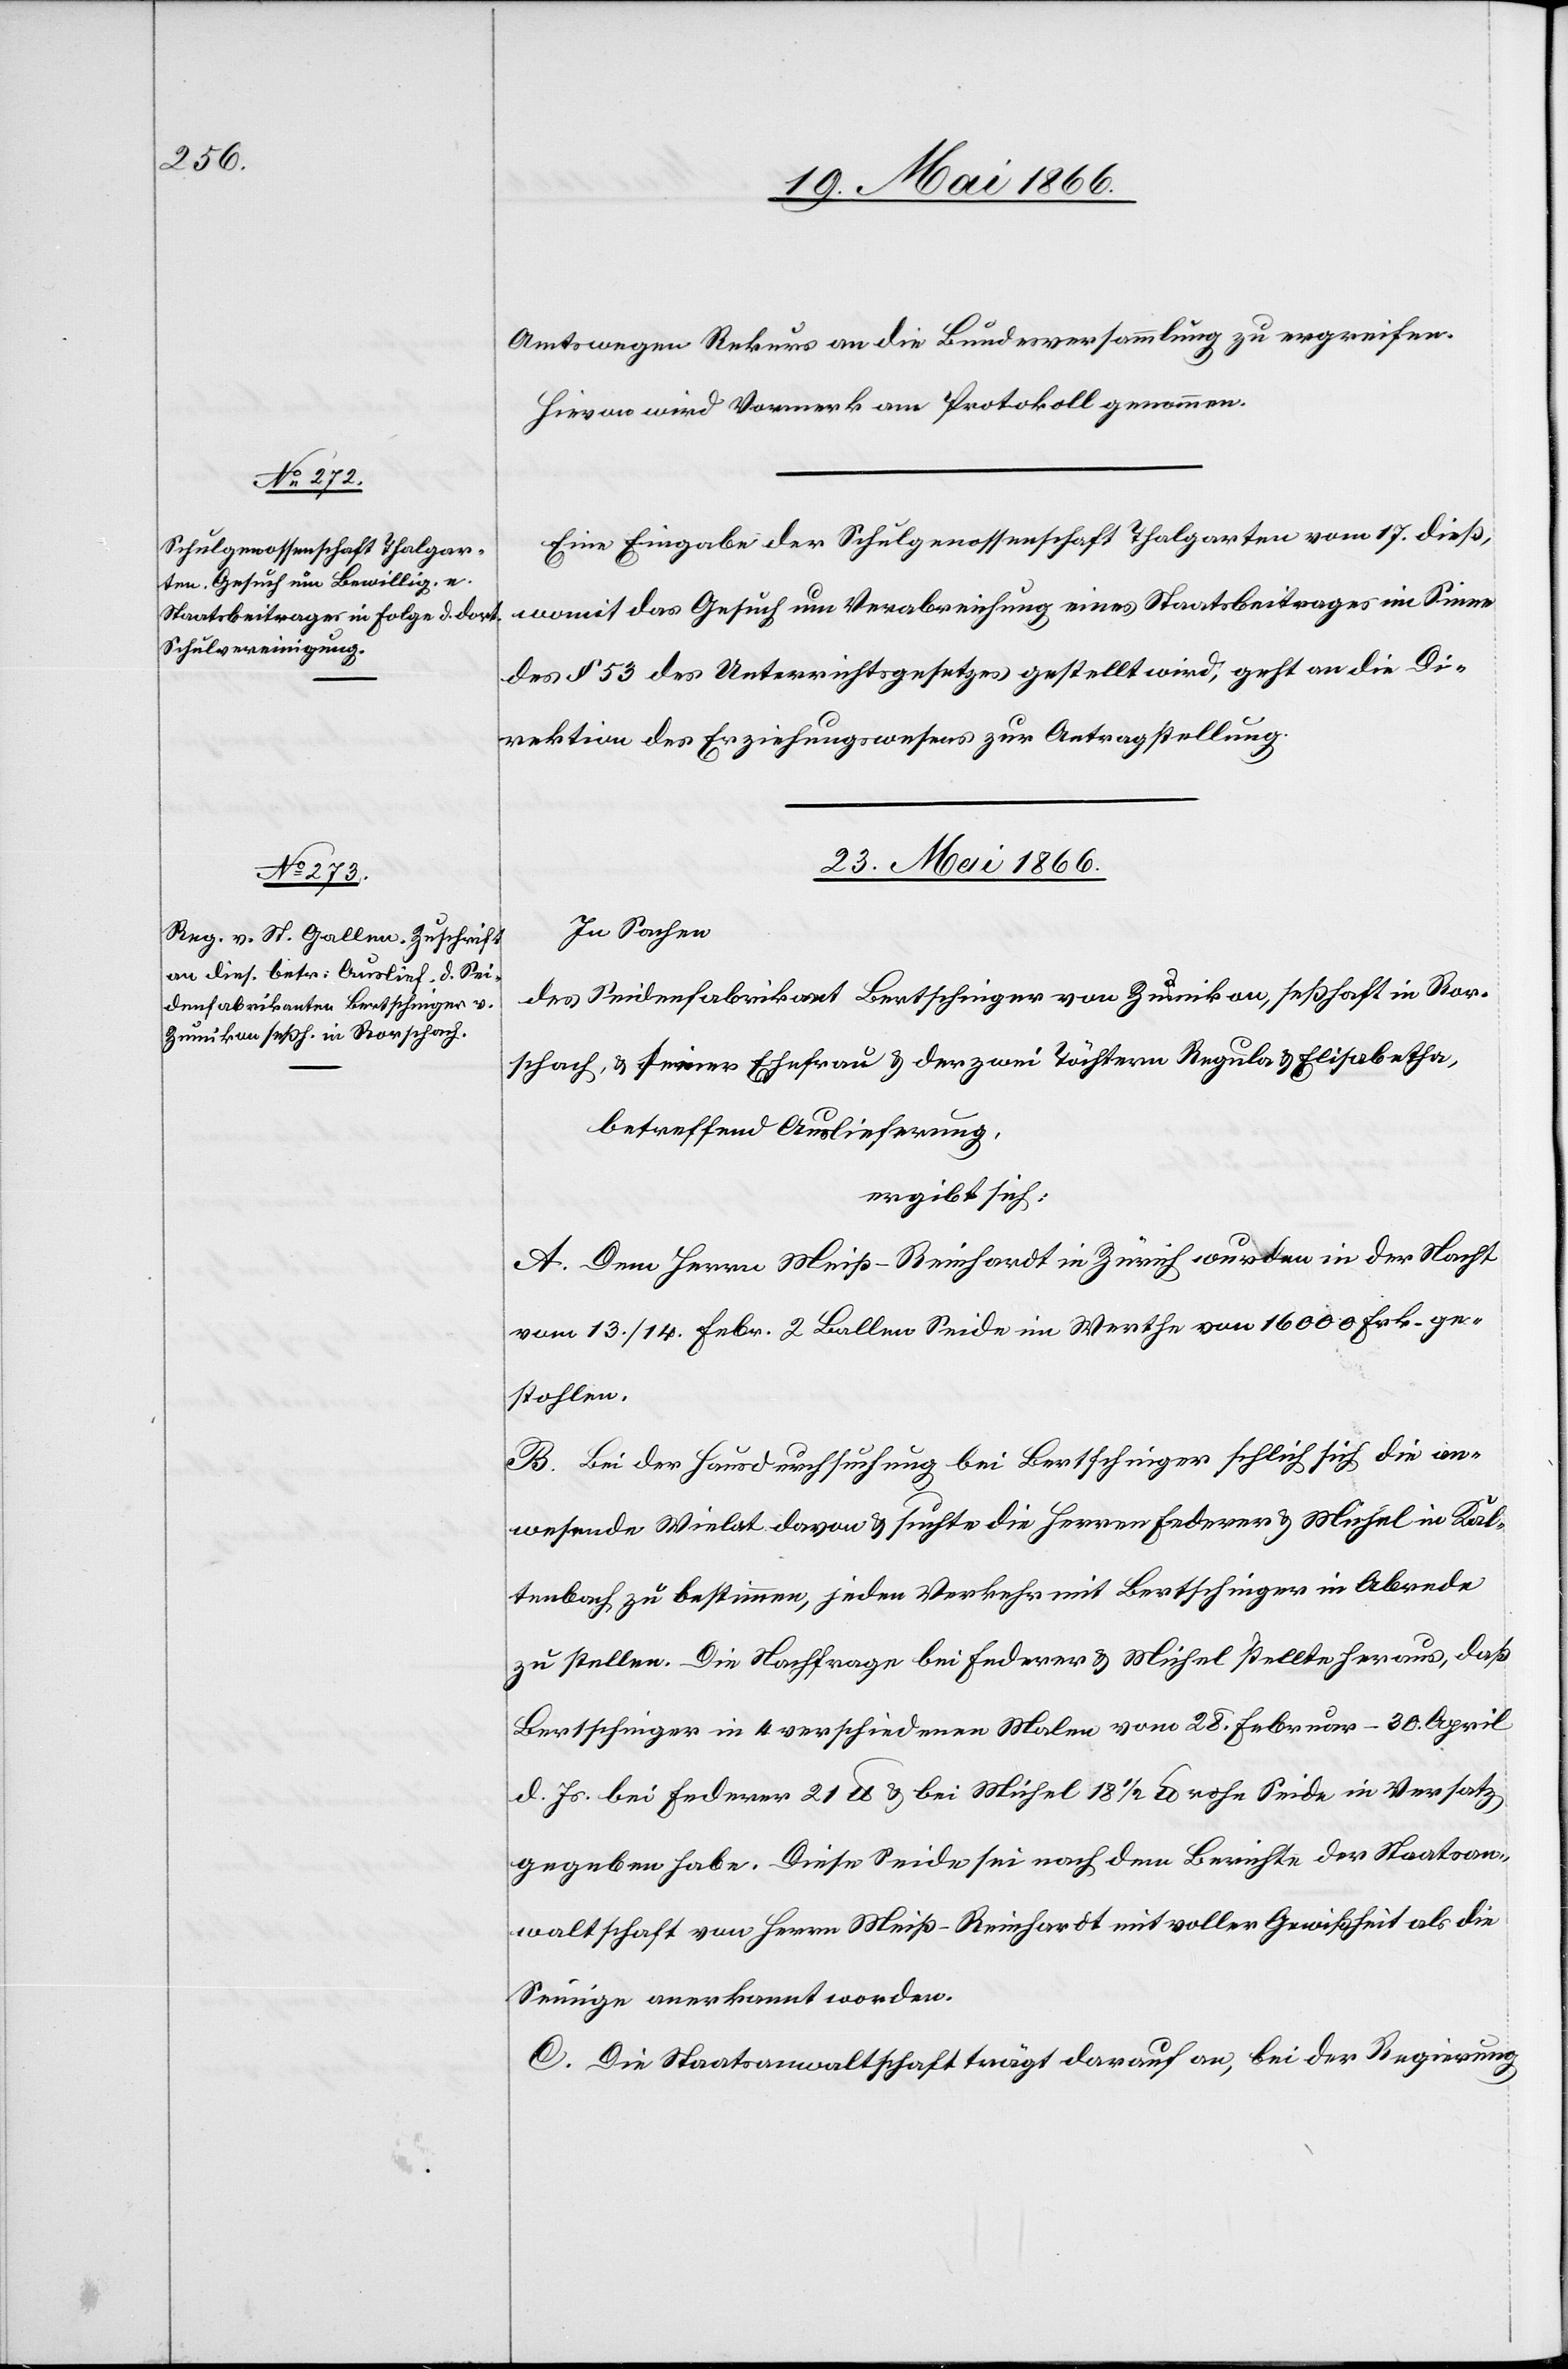
20. Mai 1866.]
Amtswegen Rekurs an die Bundesversammlung zu ergreifen.
Hievon wird Vormerk am Protokoll genommen.
Eine Eingabe der Schulgenossenschaft Thalgarten vom 17. dieß,
womit das Gesuch um Verabreichung eines Staatsbeitrages im Sinne
des § 53 des Unterrichtsgesetzes gestellt wird, geht an die Di¬
rektion des Erziehungswesens zur Antragstellung.
23. Mai 1866.
In Sachen
des Seidenfabrikanten Bertschinger von Zumikon, seßhaft in Ror¬
schach, u. seiner Ehefrau u. der zwei Töchtern Regula u. Elisabetha,
betreffend Auslieferung,
ergibt sich:
A. Dem Herrn Meiß-Reinhardt in Zürich wurden in der Nacht
vom 13./14. Febr. 2 Ballen Seide im Werthe von 16 000 Frk. ge¬
stohlen.
B. Bei der Hausdurchsuchung bei Bertschinger schlich sich die an¬
wesende Wielat davon u. suchte die Herren Federer u. Michel in Kal¬
tenbach zu bestimmen, jeden Verkehr mit Bertschinger in Abrede
zu stellen. Die Nachfrage bei Federer u. Michel stellte heraus, daß
Bertschinger in 4 verschiedenen Malen vom 28. Februar–30. April
d. Js. bei Federer 21 lb u. bei Michel 18 1/2 lb rohe Seide in Versatz
gegeben habe. Diese Seide sei nach dem Berichte der Staatsan¬
waltschaft von Herrn Meiß-Reinhardt mit voller Gewißheit als die
Seinige anerkannt worden.
C. Die Staatsanwaltschaft trägt darauf an, bei der Regierung